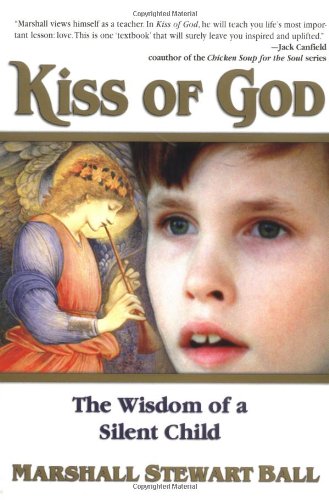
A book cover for Kiss of God: The Wisdom of a Silent Child; Marshall Stewart Ball; Children's Books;